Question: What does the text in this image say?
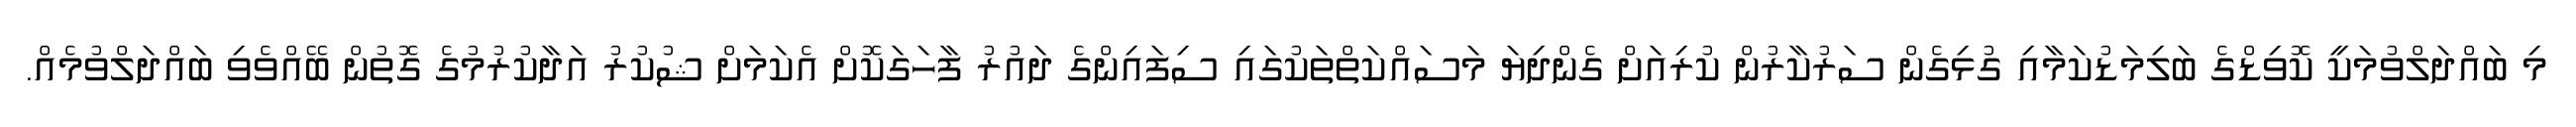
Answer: މި ބައްދަލްވުމަކީ ކޮވިޑްގެ ބަލިމަޑުކަމާއި ގުޅިގެން ސަރުކާރުން ކުރިއަށް ގެންދިޔަ މަސައްކަތްތަކުގައި ސިފައިންގެ ދައުރު ފާހަގަކޮށް އެކަމަށް ޝުކުރު އަދާކުރުމުގެ ގޮތުން ބޭއްވެވި ބައްދަލްވުމެއް.